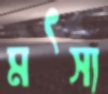
মৎস্য